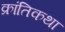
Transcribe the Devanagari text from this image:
क्रांतिकथा